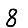
Digit: 8